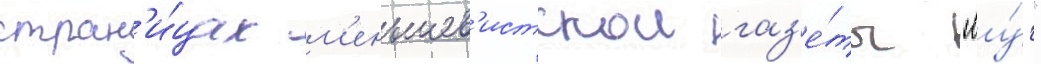
стран'и́цах м'еньшев'истскои газ'е́ты "лу́ч"